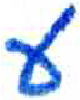
אות: ע